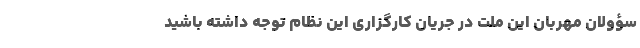
سؤولان مهربان این ملت در جریان کارگزاری این نظام توجه داشته باشید